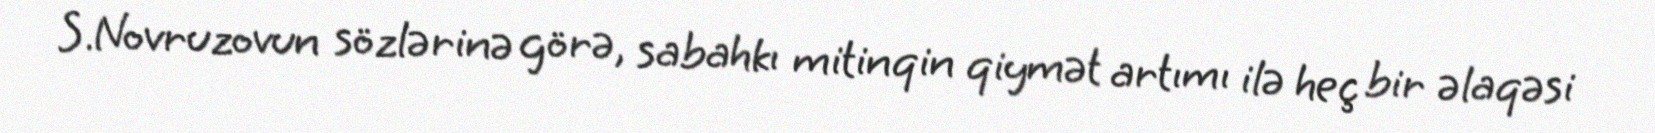
S.Novruzovun sözlərinə görə, sabahkı mitinqin qiymət artımı ilə heç bir əlaqəsi